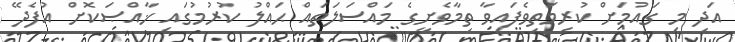
އަދި މި ގައުމަށް ކުރިމަތިވެފައިވާ ތިމާވެށީގެ މައްސަލަތައް ޙައްލު ކުރުމުގައި ޚާއްޞަކޮށް އުފެދޭ